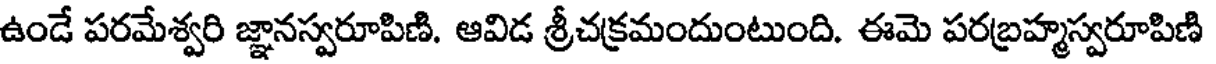
ఉండే పరమేశ్వరి జ్ఞానస్వరూపిణి. ఆవిడ శ్రీచక్రమందుంటుంది. ఈమె పరబ్రహ్మస్వరూపిణి